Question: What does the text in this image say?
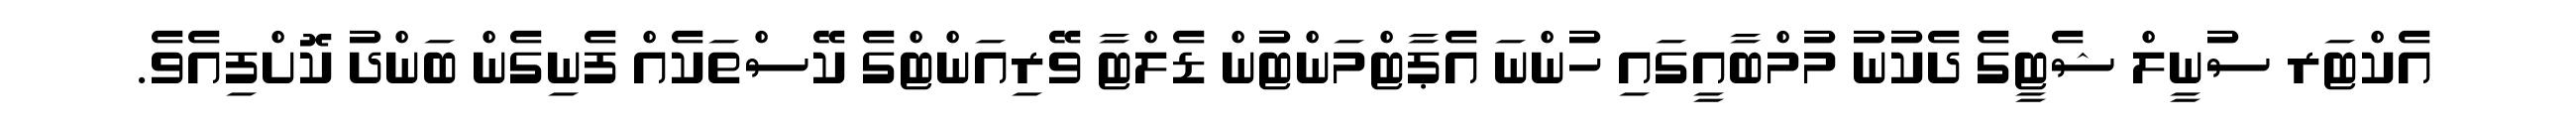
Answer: އެކްޓަރ ސުނީލް ޝެޓީގެ ދެކުނު މުމްބާއީގައި ހުންނަ އެޕާޓްމަންޓުން ޑެލްޓާ ވޭރިއަންޓްގެ ކޭސްތަކެއް ފެނިގެން ބަންދު ކޮށްފިއެވެ.